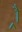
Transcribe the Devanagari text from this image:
र्‍ाै